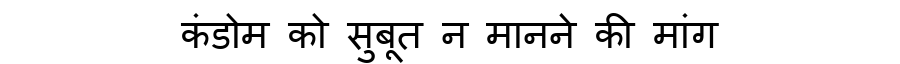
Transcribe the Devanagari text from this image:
कंडोम को सुबूत न मानने की मांग